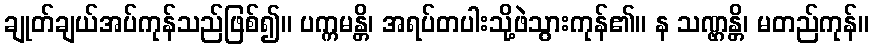
ချုတ်ချယ်အပ်ကုန်သည်ဖြစ်၍။ ပက္ကမန္တိ၊ အရပ်တပါးသို့ဖဲသွားကုန်၏။ န သဏ္ဌန္တိ၊ မတည်ကုန်။